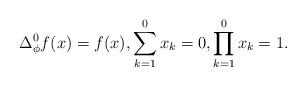
LaTeX: \begin{align*} \Delta_\phi^0 f(x)=f(x),\sum_{k=1}^0 x_k=0,\prod_{k=1}^0 x_k =1.\end{align*}